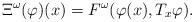
LaTeX: \begin{align*}\Xi^{\omega}(\varphi)(x)= F^{\omega}(\varphi(x),T_x\varphi).\end{align*}